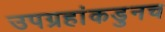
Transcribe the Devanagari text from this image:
उपग्रहांकडुनच